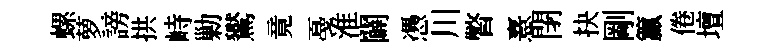
螺萝謗拱峙勦鸑竟戞淮闢慿川瞥憙閉抉剛籯倦壇